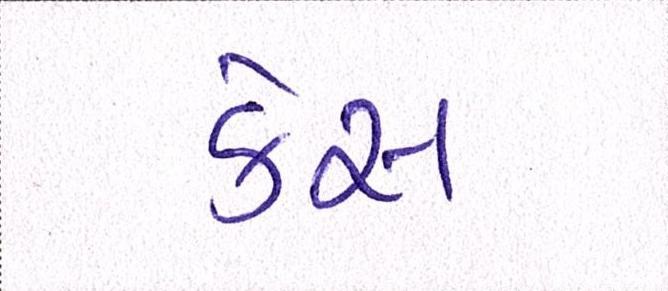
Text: કેસ